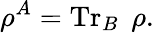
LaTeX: \rho^{A}=\operatorname{Tr}_{B}\; \rho.